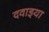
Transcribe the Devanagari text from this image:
दवाइया